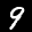
Label: 9